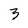
Character: 3